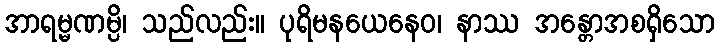
အာရမ္မဏမ္ပိ၊ သည်လည်း။ ပုရိမနယေနေဝ၊ နာဿ အန္တောအစရှိသော